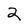
Character: 2